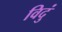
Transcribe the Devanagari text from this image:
विदुं